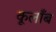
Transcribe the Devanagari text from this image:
कूलाँब